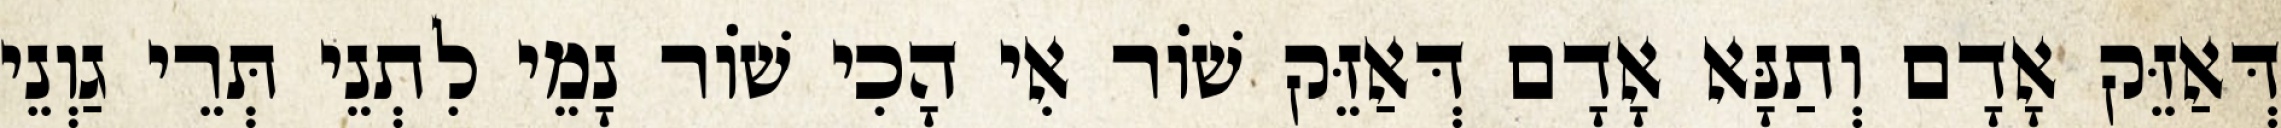
דְּאַזֵּק אָדָם וְתַנָּא אָדָם דְּאַזֵּק שׁוֹר אִי הָכִי שׁוֹר נָמֵי לִתְנֵי תְּרֵי גַוְנֵי